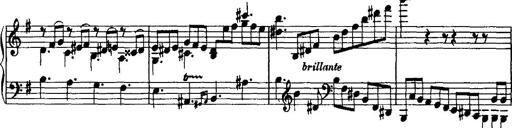
Title: Rondo di bravura
Composer: Franz Liszt